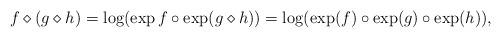
LaTeX: \begin{align*}f \diamond (g\diamond h) = \log(\exp f \circ \exp(g \diamond h)) =\log (\exp(f) \circ \exp (g) \circ \exp(h)),\end{align*}